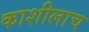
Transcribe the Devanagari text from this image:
काशीलाच